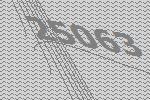
25063